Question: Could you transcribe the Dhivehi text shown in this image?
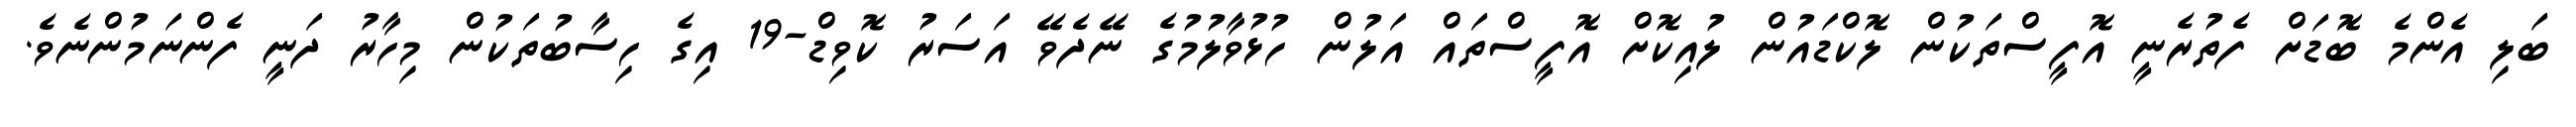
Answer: ބަލި އެންމެ ބޮޑަށް ފެތުރެނީ އޮފީސްތަކުން ލޮކްޑައުން ލުއިކޮށް އޮފީސްތައް އަލުން ހުޅުވާލުމުގެ ނޭދެވޭ އަސަރު ކޮވިޑް-19 އިގެ ހިސާބުތަކުން މިހާރު ދަނީ ފެންނަމުންނެވެ.